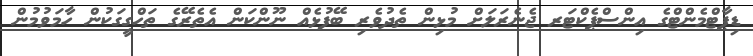
ޑިޕާޓްމެންޓްގެ އިންސްޕެކްޓަރ ޖެނެރަލަށް މުޅިން ތެދުވެރި ބޭފުޅެއް ނޫންކަން އެތެރޭގެ ތަހްގީގަކުން ހާމަވުމުން